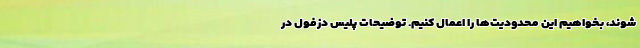
شوند، بخواهیم این محدودیت‌ها را اعمال کنیم. توضیحات پلیس دزفول در